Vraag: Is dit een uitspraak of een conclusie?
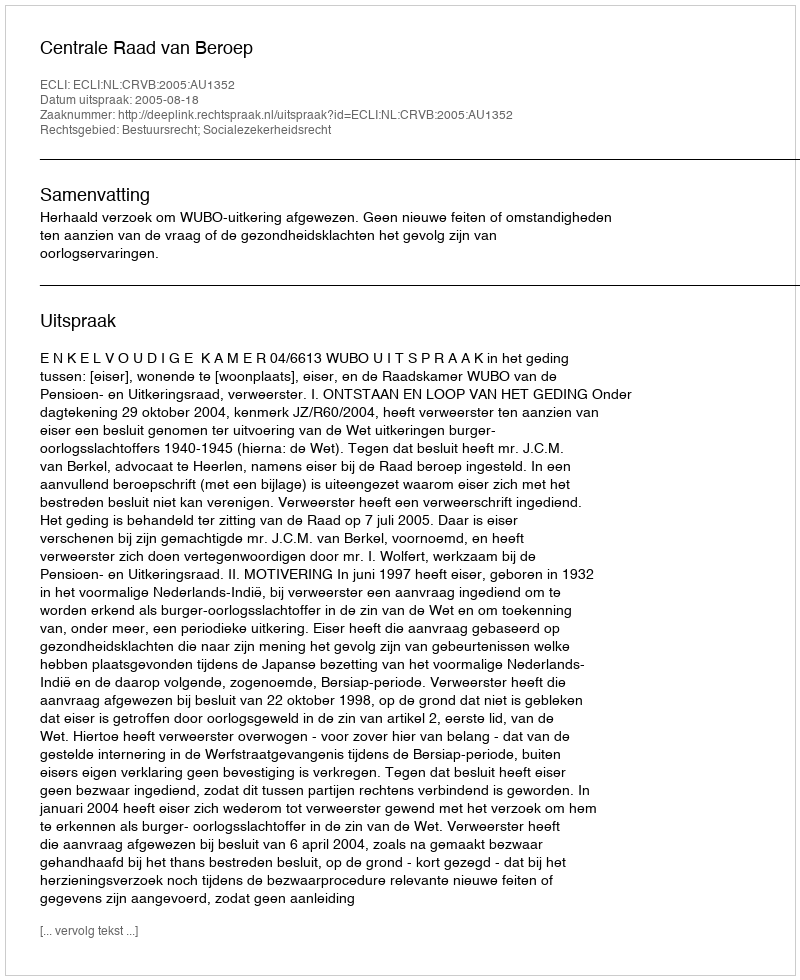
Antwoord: Uitspraak